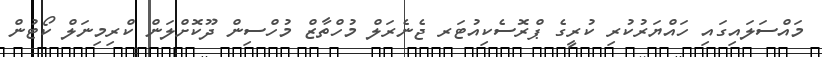
މައްސަލައިގައި ހައްޔަރުކުރި ކުރީގެ ޕްރޮސެކިއުޓަރ ޖެނެރަލް މުހްތާޒް މުހްސިން ދޫކޮށްލަން ކްރިމިނަލް ކޯޓުން